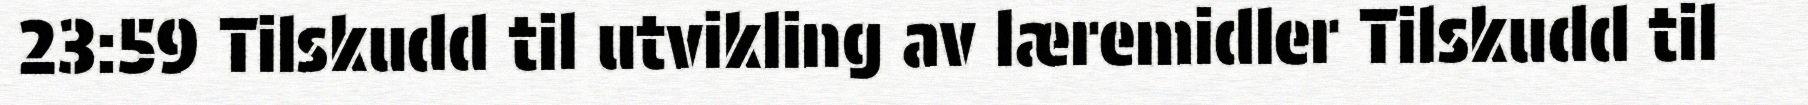
23:59 Tilskudd til utvikling av læremidler Tilskudd til